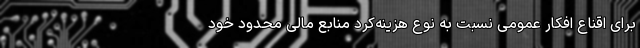
برای اقناع افکار عمومی نسبت به نوع هزینه‌کرد منابع مالی محدود ‌خود